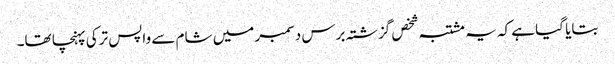
بتایا گیا ہے کہ یہ مشتبہ شخص گزشتہ برس دسمبر میں شام سے واپس ترکی پہنچا تھا۔